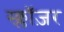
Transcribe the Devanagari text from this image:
स्क्लॉज़र